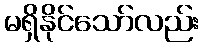
မရှိနိုင်သော်လည်း